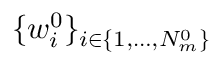
\{ w _ { i } ^ { 0 } \} _ { i \in \{ 1 , \dots , N _ { m } ^ { 0 } \} }